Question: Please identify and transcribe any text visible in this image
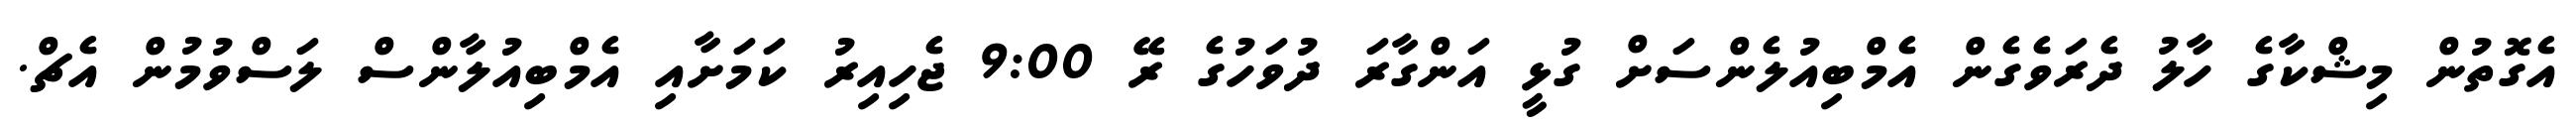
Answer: އެގޮތުން މިޝްކާގެ ހާލު ދެރަވެގެން އެމްބިއުލެންސަށް ގުޅީ އަންގާރަ ދުވަހުގެ ރޭ 9:00 ޖެހިއިރު ކަމަށާއި އެމްބިއުލާންސް ލަސްވުމުން އެޗް.